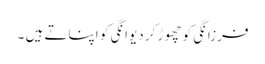
فرزانگی کو چھوڑ کر دیوانگی کو اپناتے ہیں ۔